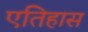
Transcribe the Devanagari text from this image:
एतिहास